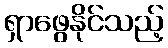
ရှာဖွေနိုင်သည့်